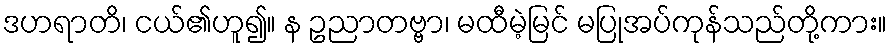
ဒဟရာတိ၊ ငယ်၏ဟူ၍။ န ဥညာတဗ္ဗာ၊ မထီမဲ့မြင် မပြုအပ်ကုန်သည်တို့ကား။